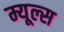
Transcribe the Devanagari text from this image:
म्यूल्स